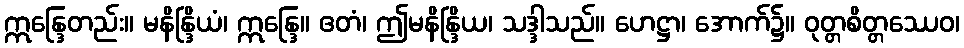
ဣန္ဒြေတည်း။ မနိန္ဒြိယံ၊ ဣန္ဒြေ။ ဧတံ၊ ဤမနိန္ဒြိယ၊ သဒ္ဒါသည်။ ဟေဋ္ဌာ၊ အောက်၌။ ဝုတ္တစိတ္တဿေဝ၊